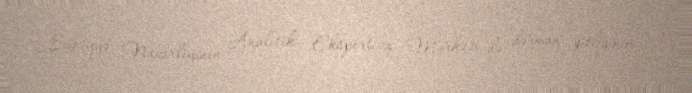
Səhiyyə Nazirliyinin Analitik Ekspertiza Mərkəzi də dərman qıtlığının